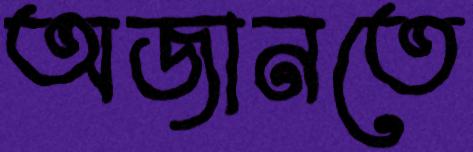
অজানতে